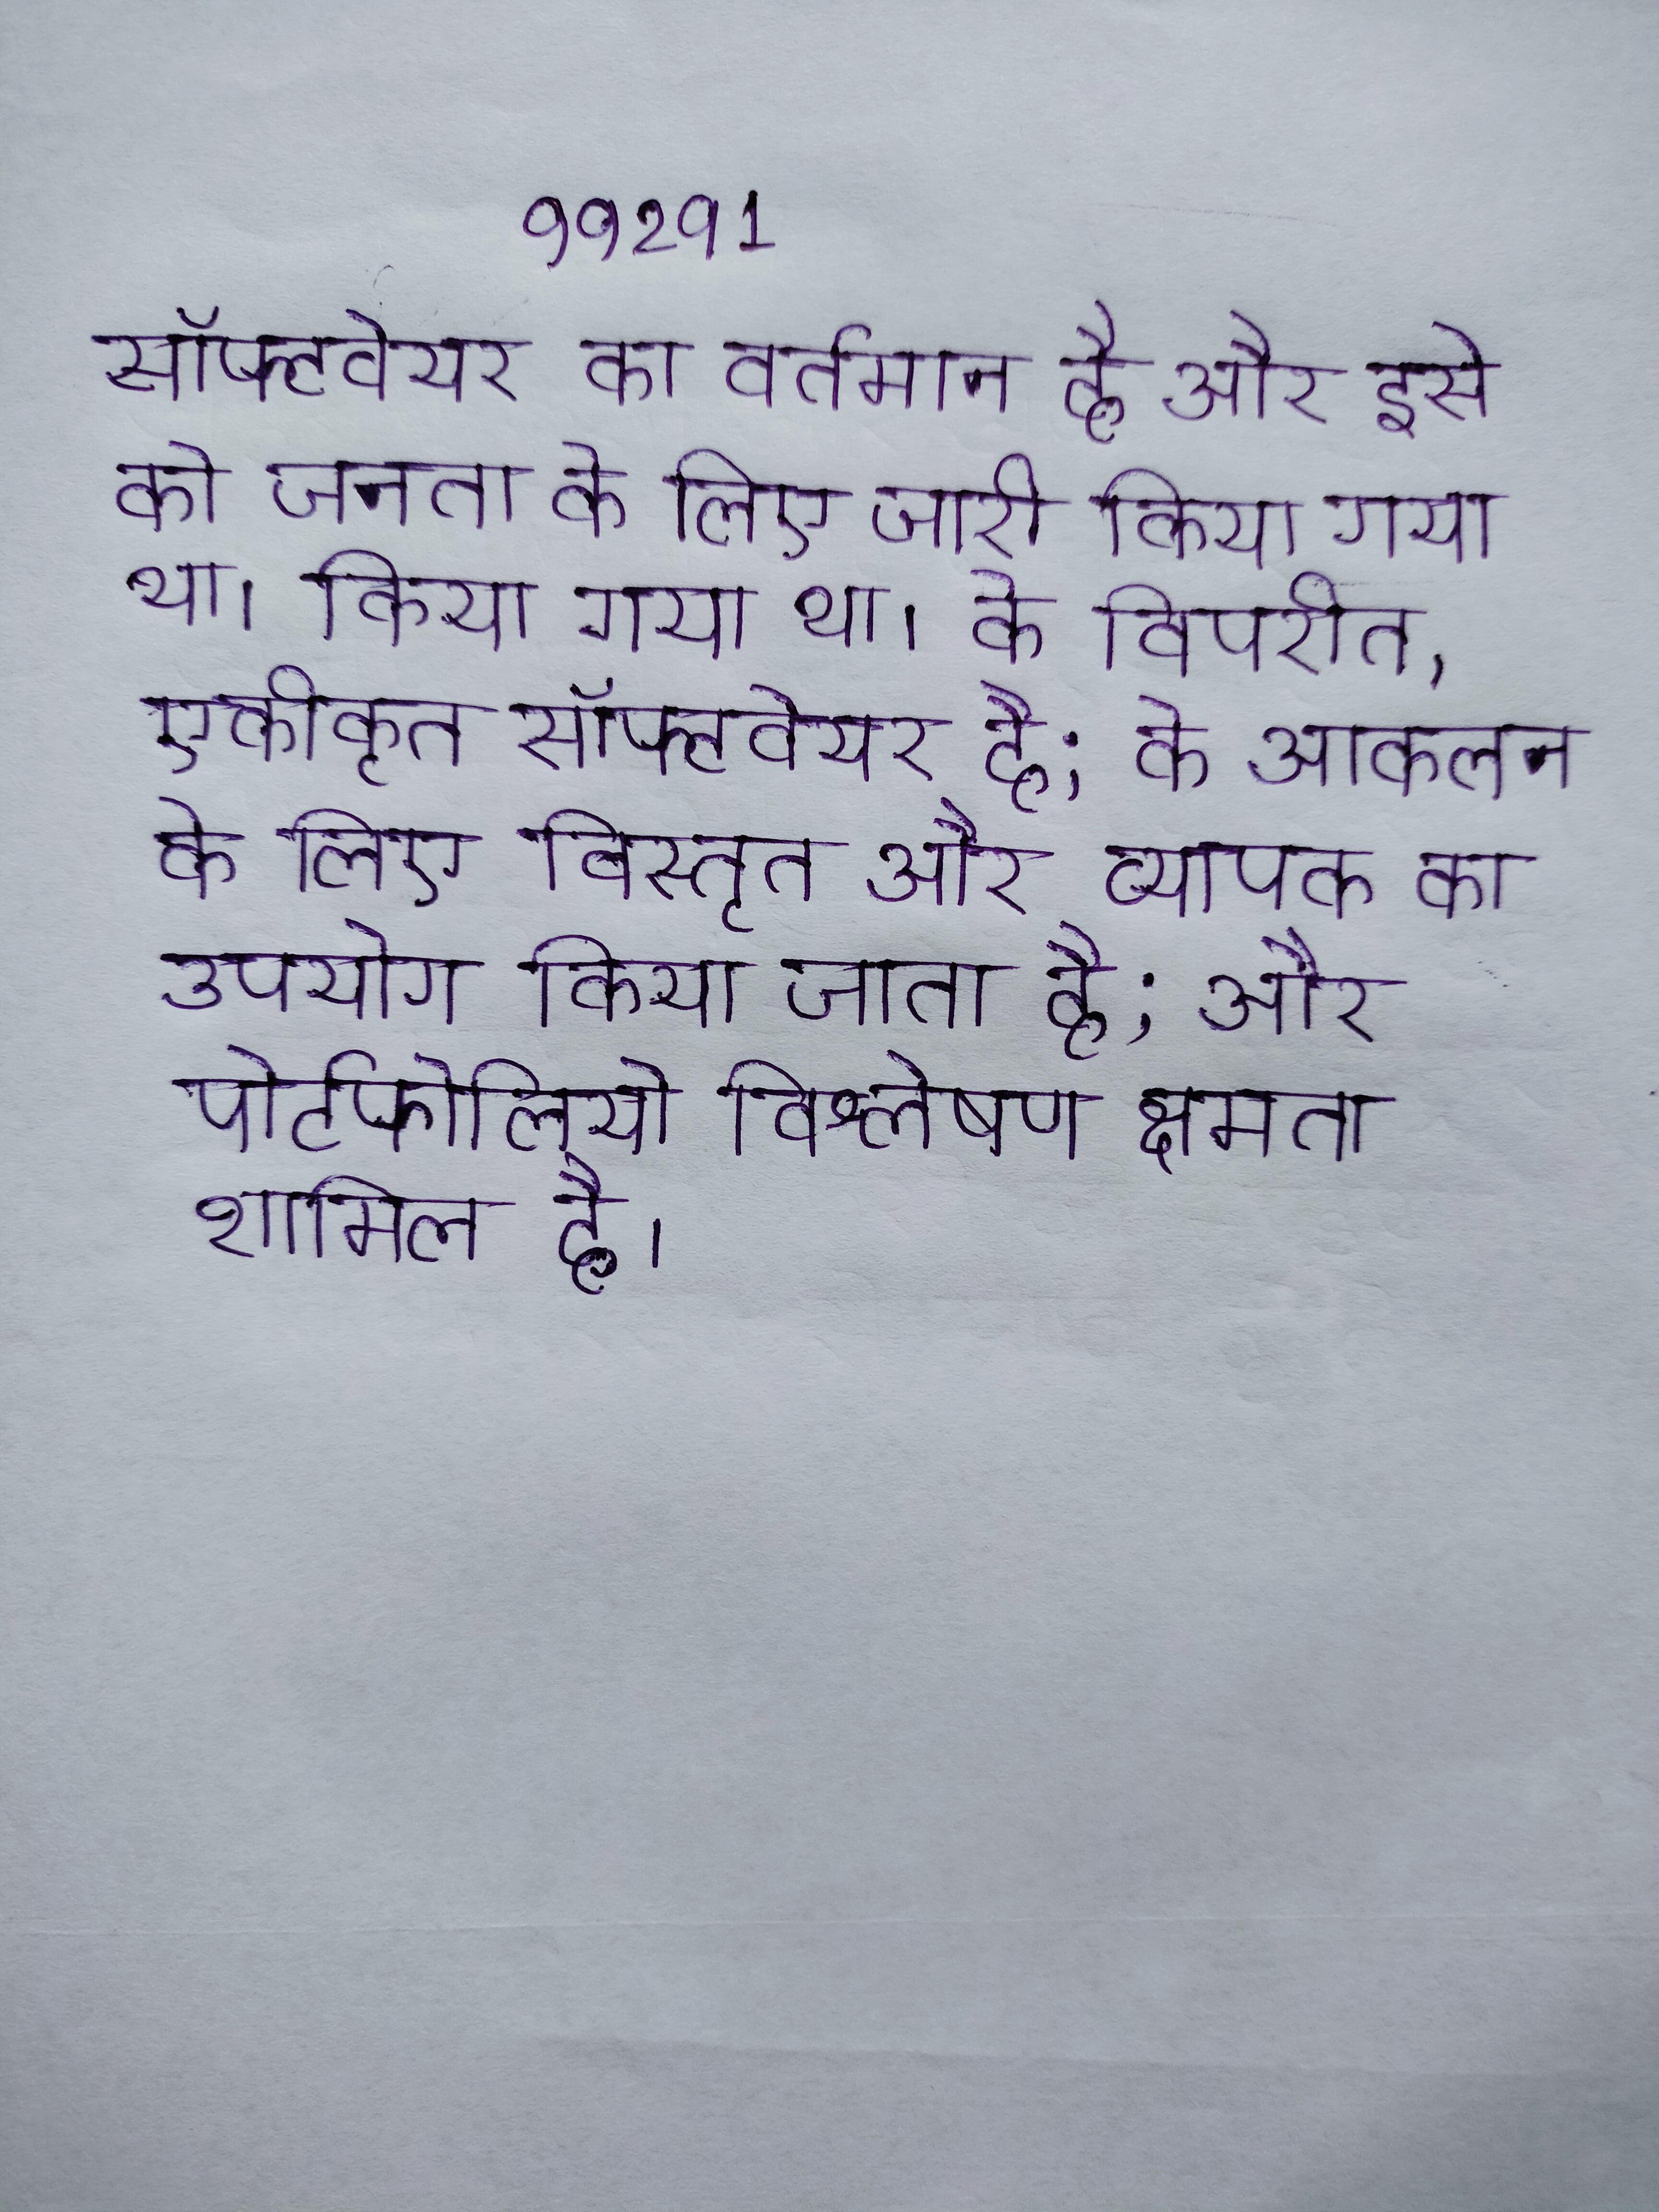
सॉफ्टवेयर का वर्तमान है और इसे को जनता के लिए जारी किया गया था । किया गया था । के विपरीत, एकीकृत सॉफ्टवेयर है; के आकलन के लिए विस्तृत और व्यापक का उपयोग किया जाता है; और पोर्टफोलियो विश्लेषण क्षमता शामिल है ।